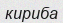
кириба